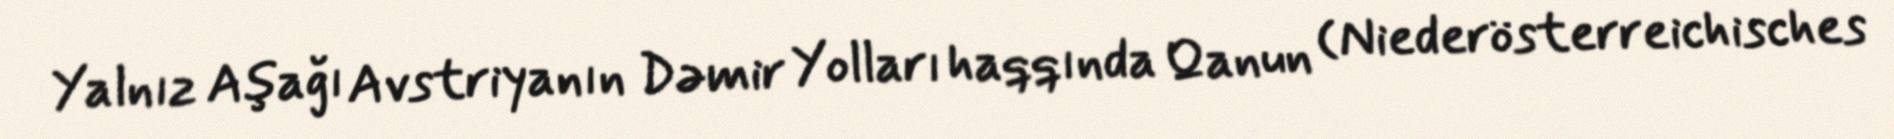
Yalnız Aşağı Avstriyanın Dəmir Yolları haqqında Qanun (Niederösterreichisches